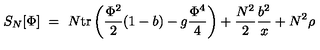
S _ { N } [ \Phi ] \ = \ N \mathrm { t r } \left( { \frac { \Phi ^ { 2 } } { 2 } } ( 1 - b ) - g { \frac { \Phi ^ { 4 } } { 4 } } \right) + { \frac { N ^ { 2 } } { 2 } } { \frac { b ^ { 2 } } { x } } + N ^ { 2 } \rho